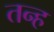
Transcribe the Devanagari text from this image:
तन्ह